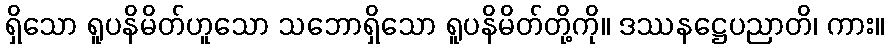
ရှိသော ရူပနိမိတ်ဟူသော သဘောရှိသော ရူပနိမိတ်တို့ကို။ ဒဿနဋ္ဌေပညာတိ၊ ကား။